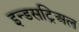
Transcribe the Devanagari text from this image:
इन्डसट्रिअल